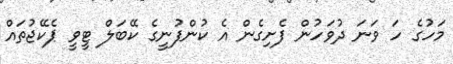
މަހުގެ ހަ ވަނަ ދުވަހުން ފެށިގެން އެ ކުންފުނީގެ ކޭބަލް ޓީވީ ޕެކޭޖުތައް